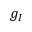
g _ { I }